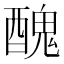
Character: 醜